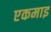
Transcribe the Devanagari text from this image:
एकमाइ